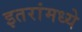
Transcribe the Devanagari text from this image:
इतरांमध्ये